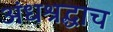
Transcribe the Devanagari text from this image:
अंधश्रद्धाच